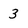
Character: 3